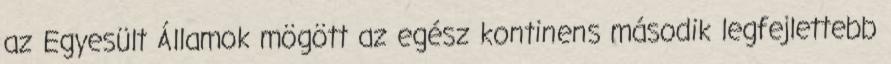
az Egyesült Államok mögött az egész kontinens második legfejlettebb